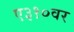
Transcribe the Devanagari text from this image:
ए३१०वर